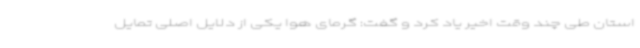
استان طی چند وقت اخیر یاد کرد و گفت: گرمای هوا یکی از دلایل اصلی تمایل